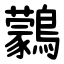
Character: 鸏